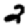
Digit: 2